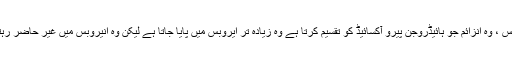
• کٹالیس ، وہ انزائم جو ہائیڈروجن پیرو آکسائیڈ کو تقسیم کرتا ہے وہ زیادہ تر ایروبس میں پایا جاتا ہے لیکن وہ انیروبس میں غیر حاضر رہتا ہے۔